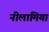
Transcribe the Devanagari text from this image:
नीलामियां